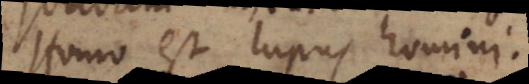
Homo est lupus homini.